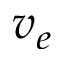
v _ { e }